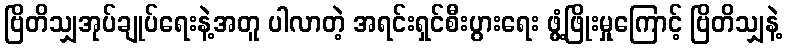
ဗြိတိသျှအုပ်ချုပ်ရေးနဲ့အတူ ပါလာတဲ့ အရင်းရှင်စီးပွားရေး ဖွံ့ဖြိုးမှုကြောင့် ဗြိတိသျှနဲ့